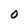
Character: O